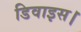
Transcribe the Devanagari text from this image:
डिवाइस।